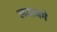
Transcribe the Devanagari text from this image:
लवाजमे